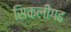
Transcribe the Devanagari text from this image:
सिकलीगढ